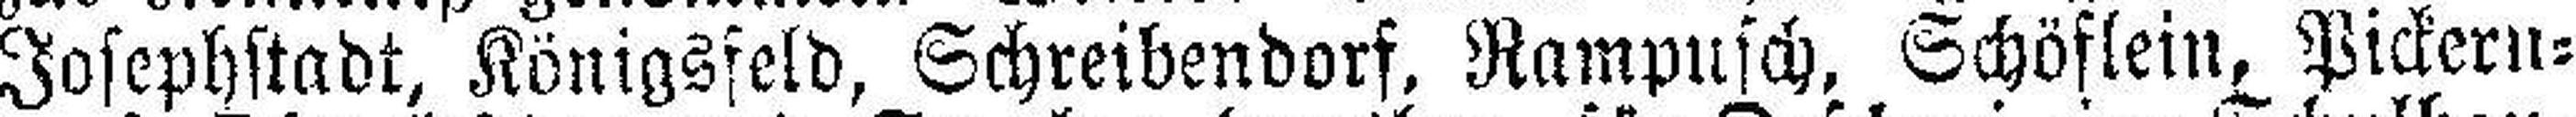
Josephstadt, Königsfeld, Schreibendorf, Rampusch, Schöflein, Pickern¬